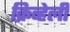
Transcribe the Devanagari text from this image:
क्रिव्हेली